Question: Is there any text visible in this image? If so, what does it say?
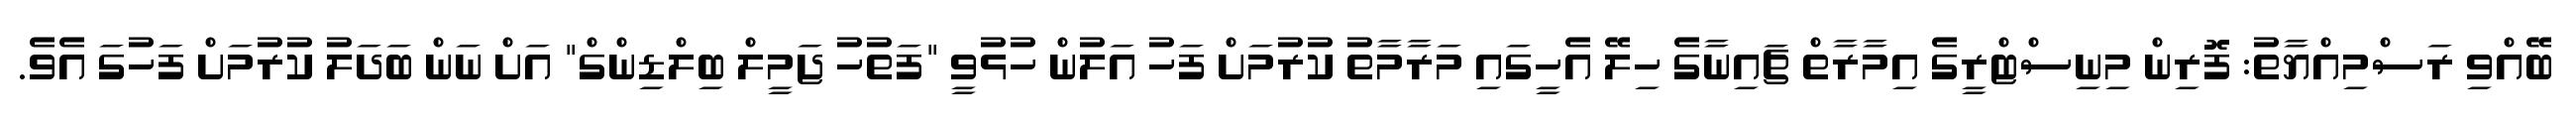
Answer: ބޭއްވި ރަސްމިއްޔާތު: ފޮރިން މިނިސްޓްރީގެ އިމާރާތް ޗައިނާގެ ހިލޭ އެހީގައި މަރާމާތު ކުރުމަށް ފަހު އަލުން ހުޅުވީ "ފަތުހު ޖަމީލް ބިލްޑިންގް" އަށް ނަން ބަދަލު ކުރުމަށް ފަހުގަ އެވެ.